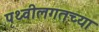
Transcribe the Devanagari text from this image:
पृथ्वीलगतच्या